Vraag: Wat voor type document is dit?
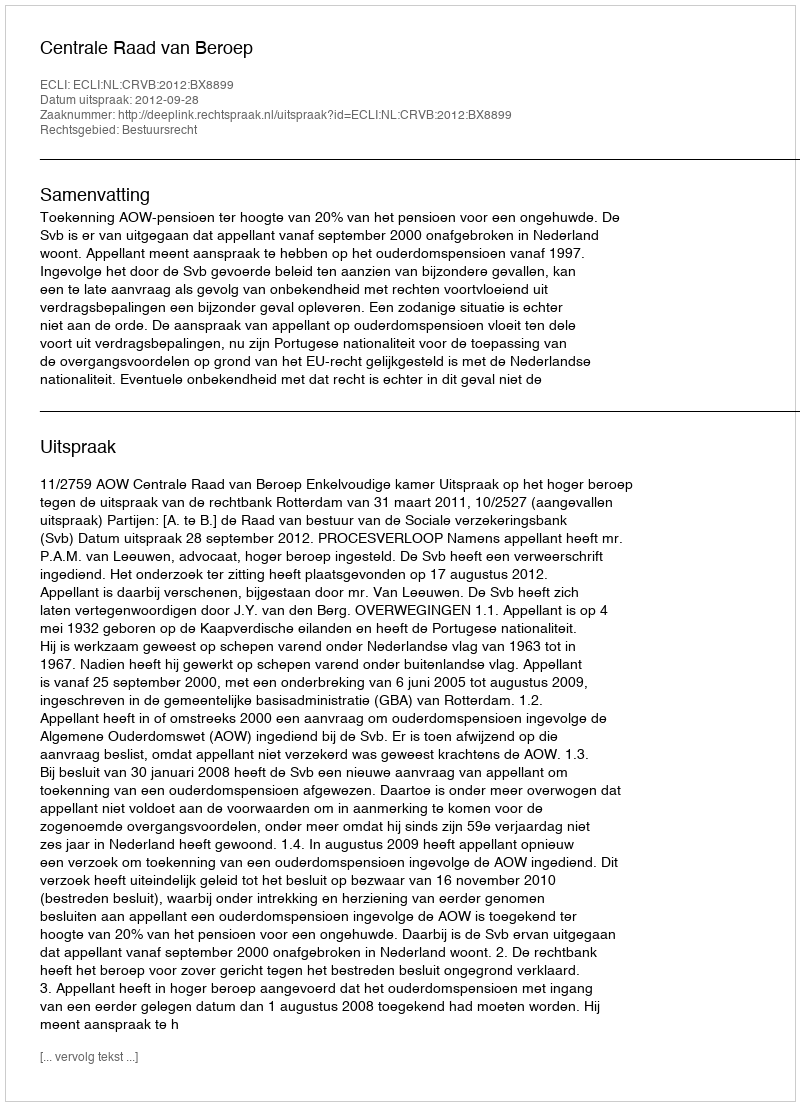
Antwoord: Uitspraak